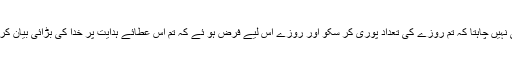
خدا آسانی چاہتا ہے سختی نہیں چاہتا کہ تم روزے کی تعداد پوری کر سکو اور روزے اس لیے فرض ہو ئے کہ تم اس عطائے ہدایت پر خدا کی بڑائی بیان کرو اور اس کا شکر بجالاو۔